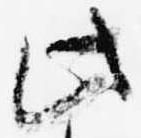
此